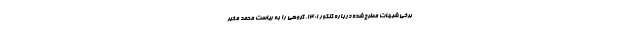
برخی شبهات مطرح شده درباره کنکور ۱۴۰۱، گروهی را به ریاست محمد مخبر